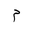
Letter: _mim